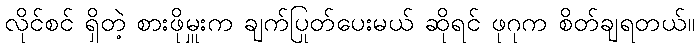
လိုင်စင် ရှိတဲ့ စားဖိုမှူးက ချက်ပြုတ်ပေးမယ် ဆိုရင် ဖုဂုက စိတ်ချရတယ်။